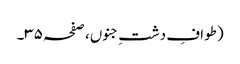
(طوافِ دشتِ جنوں، صفحہ ۳۵۔